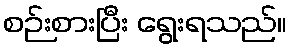
စဉ်းစားပြီး ရွေးရသည်။